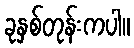
ခုနှစ်တုန်းကပါ။